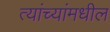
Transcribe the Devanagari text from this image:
त्यांच्यांमधील